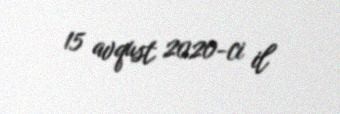
15 avqust 2020-ci il